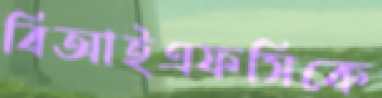
বিআইএফসিকে